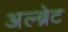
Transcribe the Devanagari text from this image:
अल्ब्रेट